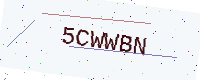
Text: 5CWWBN